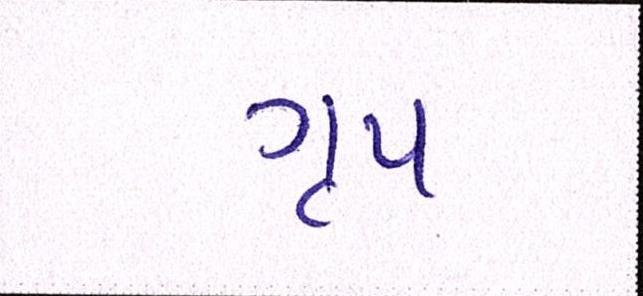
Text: ગૃપ